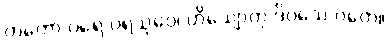
တတော ပရေ ပရသုဝေ၊ ဟိယျောတု ဒိဝသေ ဂတေ။